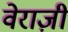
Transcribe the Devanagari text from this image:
वेराज़ी